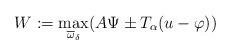
LaTeX: \begin{align*}W := \max_{\overline{\omega}_\delta} (A \Psi\pm T_\alpha (u - \varphi))\end{align*}